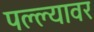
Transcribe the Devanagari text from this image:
पल्ल्यावर